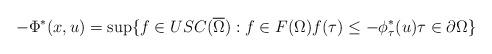
LaTeX: \begin{align*}-\Phi^*(x,u) = {\sup}\{ f\in USC(\overline{\Omega}) : f\in F(\Omega) f(\tau) \le - {\phi^*_\tau}(u) \tau\in \partial \Omega \}\end{align*}